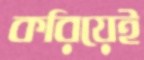
করিয়েই